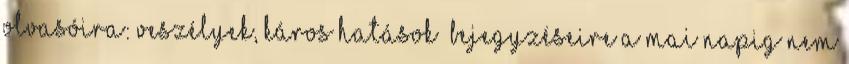
olvasóira: veszélyek, káros hatások bejegyzéseire a mai napig nem